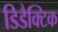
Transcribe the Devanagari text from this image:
डिडैक्टिक